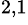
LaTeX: ^{2,1}